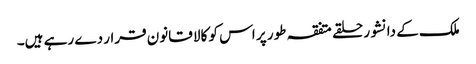
ملک کے دانشور حلقے متفقہ طور پر اس کو کالا قانون قرار دے رہے ہیں۔